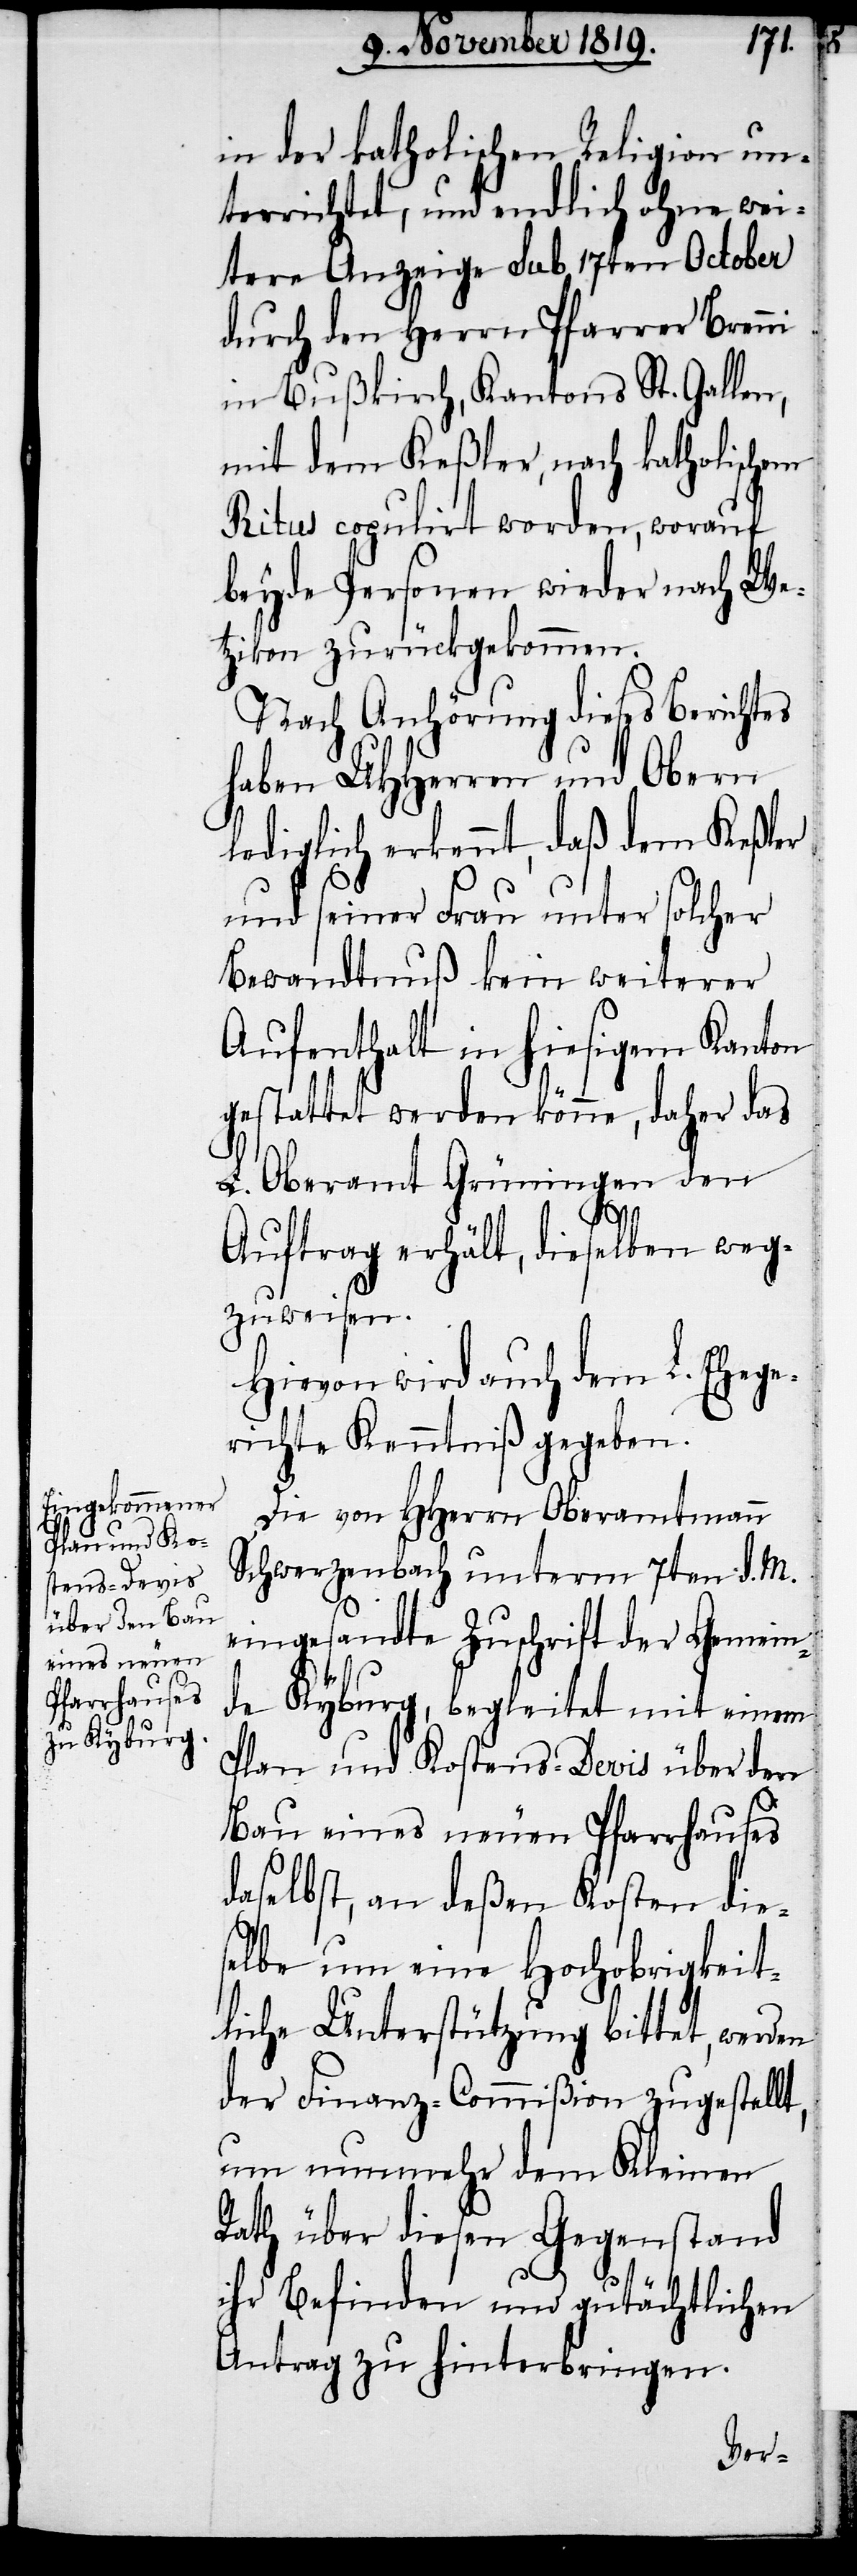
in der katholischen Religion un¬
terrichtet, und endlich ohne wei¬
tere Anzeige sub 17ten October
durch den Herrn Pfarrer Brenni
in Bußkirch, Kantons St. Gallen,
mit dem Keßler, nach katholischem
Ritus copulirt worden, worauf
beyde Personen wieder nach We¬
tzikon zurückgekommen.
Nach Anhörung dieses Berichts
haben UHHerren und Obern
lediglich erkennt, daß dem Keßler
und seiner Frau unter solcher
Bewandtnuß kein weiterer
Aufenthalt in hiesigem Kanton
gestattet werden könne, daher das
L. Oberamt Grüningen den
Auftrag erhält, dieselben weg¬
zuweisen.
Hievon wird auch dem L. Ehege¬
richte Kenntniß gegeben.
Die von HHerrn Oberamtmann
Schwerzenbach unterm 7ten d. M.
eingesandte Zuschrift der Gemein¬
de Kyburg, begleitet mit einem
Plan und Kostens-Devis über den
Bau eines neuen Pfarrhauses
daselbst, an deßen Kosten die¬
selbe um eine Hochobrigkeit¬
liche Unterstützung bittet, werden
der Finanz-Commißion zugestellt,
um nunmehr dem Kleinen
Rath über diesen Gegenstand
ihr Befinden und gutächtlichen
Antrag zu hinterbringen.